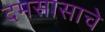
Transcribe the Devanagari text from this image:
दमसासाचे